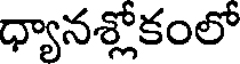
ధ్యానశ్లోకంలో